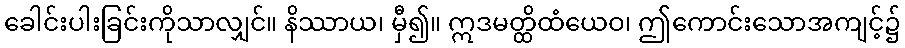
ခေါင်းပါးခြင်းကိုသာလျှင်။ နိဿာယ၊ မှီ၍။ ဣဒမတ္ထိထံယေဝ၊ ဤကောင်းသောအကျင့်၌